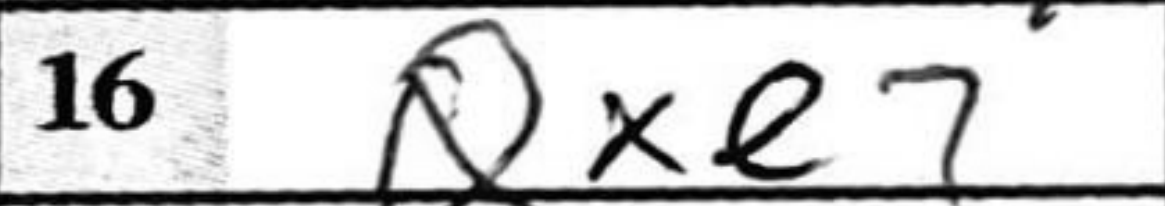
Transcription: Qxe7